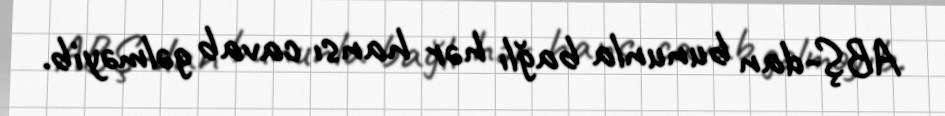
ABŞ-dan bununla bağlı hər hansı cavab gəlməyib.